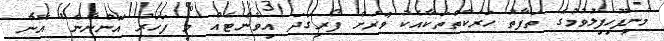
މުނިފޫހިފިލުވުމުގެ ތަފާތު ހަރަކާތްތަކާއެކު ވަރަށް ފޯރިގަދަ އިވެންޓެއް މި ފަހަރު އޮންނާނެ" އޭނާ